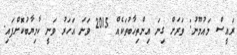
ރައީސް މައުމޫނު: ވަރަށް ގިނަ އިންތިހާބުތަކެއް 2015 ވަނަ އަހަރު ވަނީ ކާމިޔާބުކޮށްފައި.